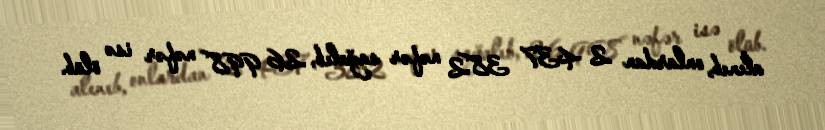
alınıb, onlardan 2 437 382 nəfər sağalıb, 26 998 nəfər isə ölüb.